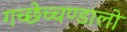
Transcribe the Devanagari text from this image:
गच्छेच्चण्डालो